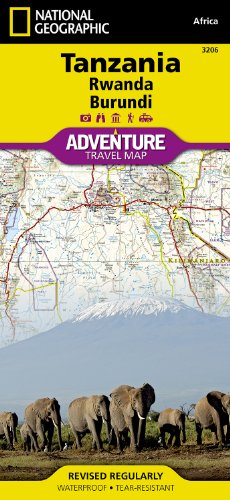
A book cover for Tanzania, Rwanda,and Burundi (National Geographic Adventure Map); National Geographic Maps - Adventure; Travel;